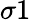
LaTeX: \sigma 1